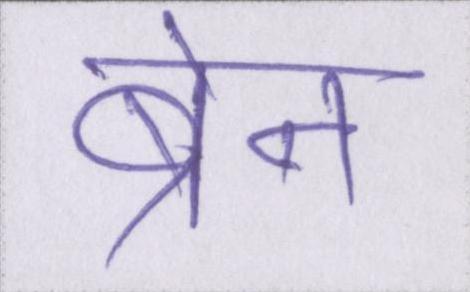
ब्रेन